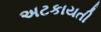
અટકાયતી